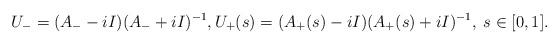
\begin{align*}U_- = (A_- - i I)(A_- + i I)^{-1}, U_+(s) = (A_+(s) - i I)(A_+(s) + i I)^{-1}, \; s \in [0,1].\end{align*}